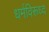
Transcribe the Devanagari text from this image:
धर्मविरूध्द